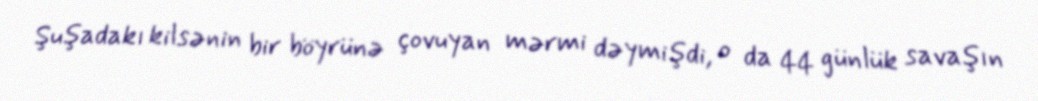
Şuşadakı kilsənin bir böyrünə çovuyan mərmi dəymişdi, o da 44 günlük savaşın